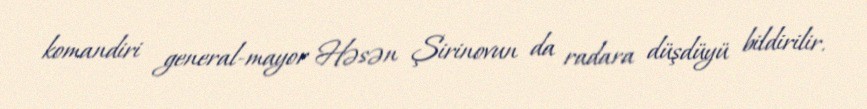
komandiri general-mayor Həsən Şirinovun da radara düşdüyü bildirilir.